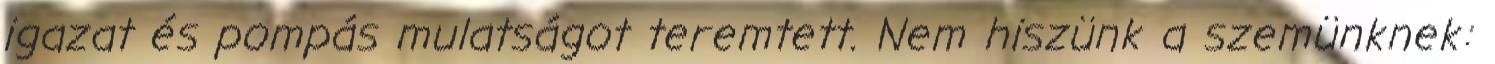
igazat és pompás mulatságot teremtett. Nem hiszünk a szemünknek: